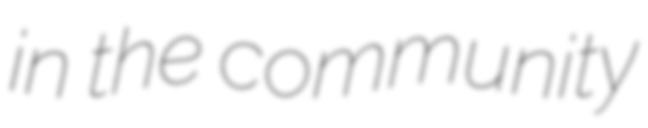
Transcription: in the community